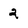
Character: 2